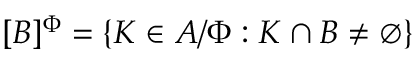
[ B ] ^ { \Phi } = \{ K \in A / \Phi : K \cap B \neq \emptyset \}